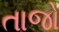
તાજો